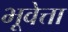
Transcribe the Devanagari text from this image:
भूवेत्ता